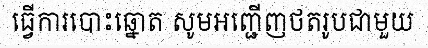
ធ្វើការបោះឆ្នោត សូមអញ្ជើញថតរូបជាមួយ